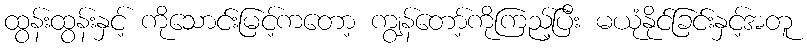
ထွန်းထွန်းနှင့် ကိုသောင်းမြင့်ကတော့ ကျွန်တော့်ကိုကြည့်ပြီး မယုံနိုင်ခြင်းနှင့်အတူ